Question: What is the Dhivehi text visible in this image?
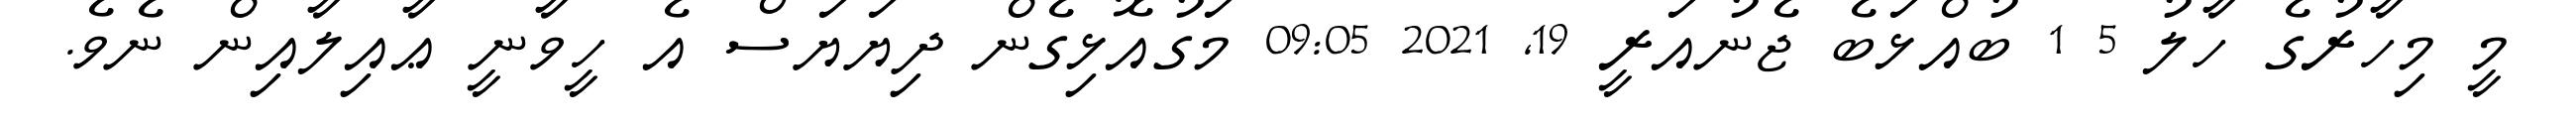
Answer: މީ މިހާރުގެ ހާލު 5 1 ބުއްޅަބެ ޖެނުއަރީ 19, 2021 09:05 މަގުއޮޅިގެން ދިޔަޔަސް އެ ހީވާނީ ޢާއިލާއިން ނެވެ.